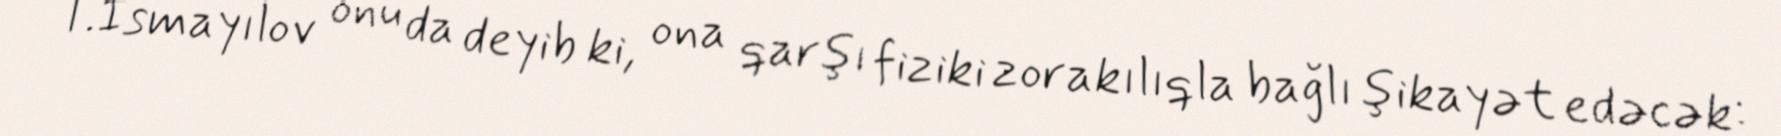
T.İsmayılov onu da deyib ki, ona qarşı fiziki zorakılıqla bağlı şikayət edəcək: